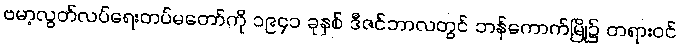
ဗမာ့လွတ်လပ်ရေးတပ်မတော်ကို ၁၉၄၁ ခုနှစ် ဒီဇင်ဘာလတွင် ဘန်ကောက်မြို့၌ တရားဝင်